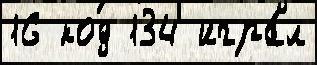
16 код 134 игра́л